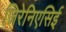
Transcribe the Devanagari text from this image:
जिरेनिएसिई